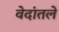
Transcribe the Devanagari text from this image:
वेदांतले